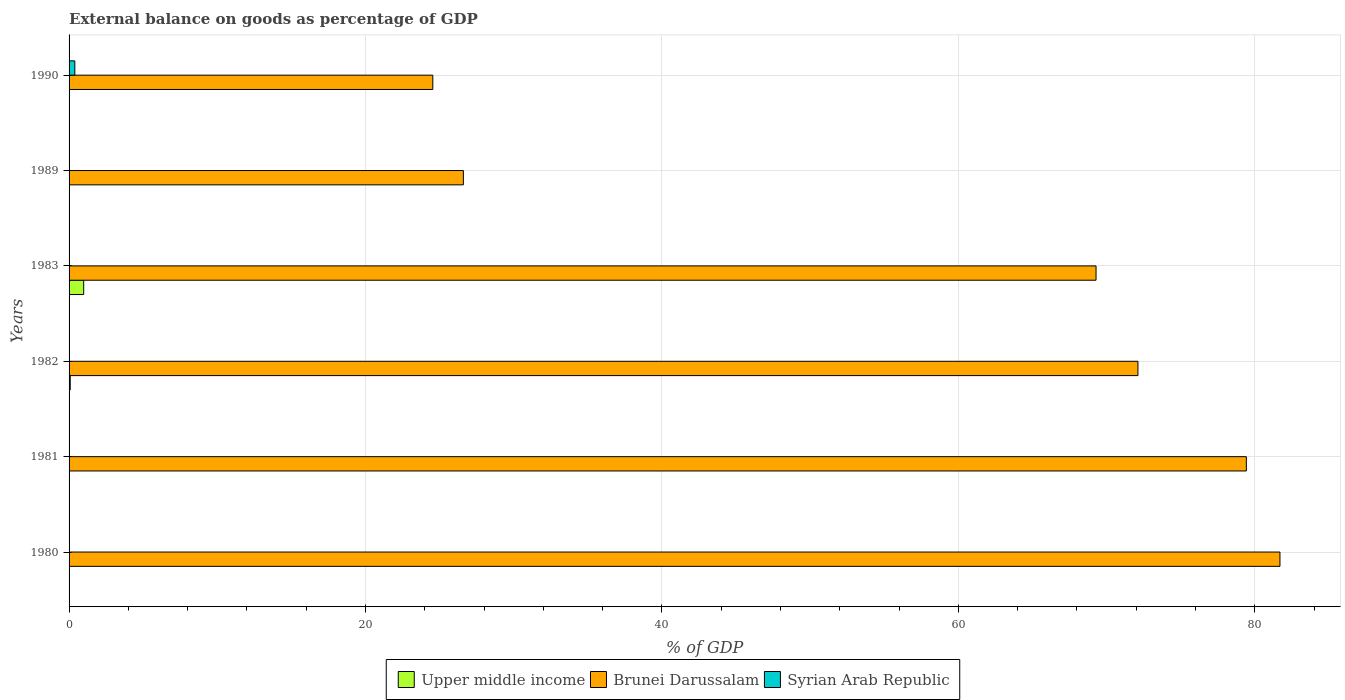
| Years | Upper middle income | Brunei Darussalam | Syrian Arab Republic |
 | --- | --- | --- | --- |
 | 1980 | -1.38 | 81.7 | -17.5 |
 | 1981 | -2.03 | 79.4 | -17.6 |
 | 1982 | 0.079 | 72.1 | -11.2 |
 | 1983 | 0.986 | 69.3 | -13.7 |
 | 1989 | -0.631 | 26.6 | -4.88 |
 | 1990 | -0.291 | 24.5 | 0.388 |